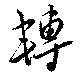
轉